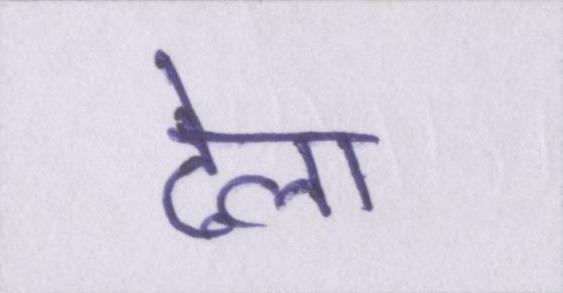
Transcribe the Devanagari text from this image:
ढेला